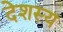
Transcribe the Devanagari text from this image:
देशस्य